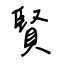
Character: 賢